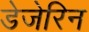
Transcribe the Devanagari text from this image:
डेजेरिन